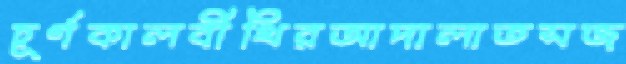
চূর্ণকালবীথিরআদালাতসজ